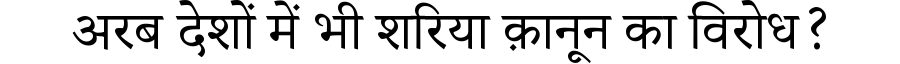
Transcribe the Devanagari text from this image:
अरब देशों में भी शरिया क़ानून का विरोध?